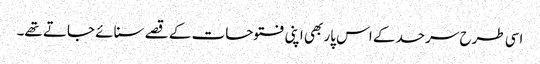
اسی طرح سرحد کے اس پار بھی اپنی فتوحات کے قصے سنائے جاتے تھے۔